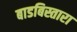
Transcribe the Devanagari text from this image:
बाडबिस्तारा